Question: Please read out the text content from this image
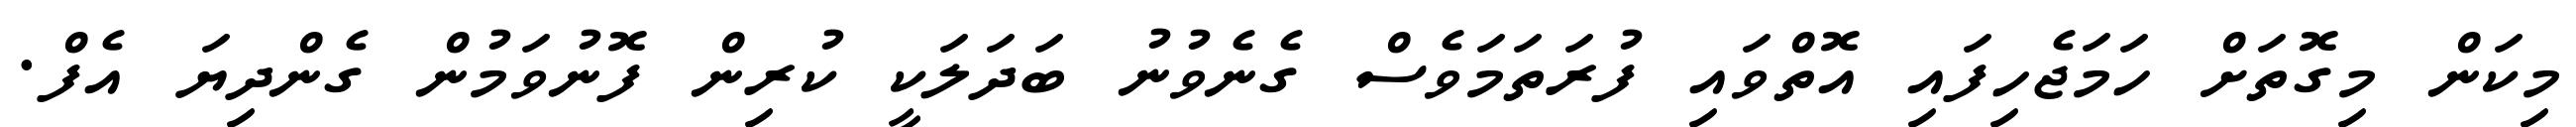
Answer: މިކަން މިގޮތަށް ހަމަޖެހިފައި އޮތްވައި ފުރަތަމަވެސް ގެނެވުނު ބަދަލަކީ ކުރިން ފޮނުވަމުން ގެންދިޔަ އެފް.